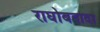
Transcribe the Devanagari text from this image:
राघोबदादा